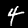
Label: 4